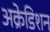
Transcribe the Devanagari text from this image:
अक्रेडिशन